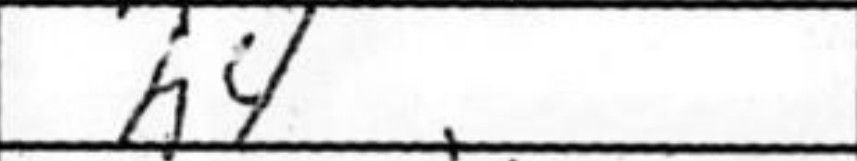
Transcription: h4